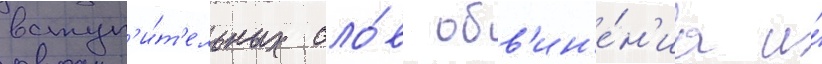
вступ'и́т'ельных сло́в обв'ин'е́н'иа и́